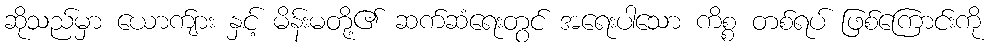
ဆိုသည်မှာ ယောက်ျား နှင့် မိန်းမတို့၏ ဆက်ဆံရေးတွင် အရေးပါသော ကိစ္စ တစ်ရပ် ဖြစ်ကြောင်းကို